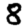
Digit: 8